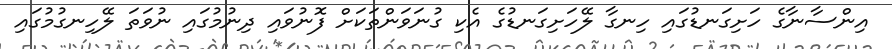
އިންސާނާގެ ހަށިގަނޑުގައި ހިނގާ ލޭހަށިގަނޑުގެ އެކި ގުނަވަންތަކަށް ފޮނުވައި ދިނުމުގައި ނުވަތަ ލޭހިނގުމުގައި